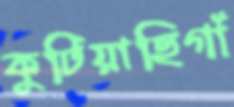
কুটিয়াছিগাঁ